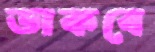
ডাকবে